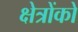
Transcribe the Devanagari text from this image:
क्षेत्रोंको